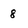
Character: 8